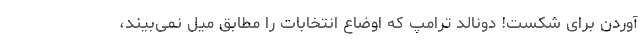
آوردن برای شکست! دونالد ترامپ که اوضاع انتخابات را مطابق میل نمی‌بیند،